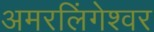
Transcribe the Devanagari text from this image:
अमरलिंगेश्‍वर